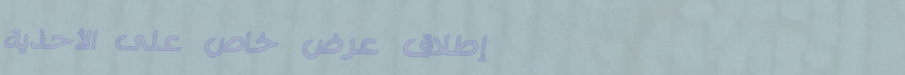
إطلاق عرض خاص على الأحذية